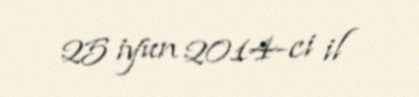
25 iyun 2014-ci il